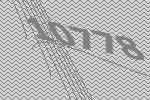
10778